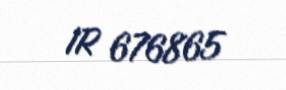
IR 676865